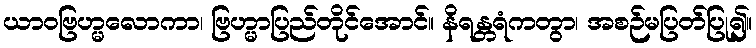
ယာဝဗြဟ္မလောကာ၊ ဗြဟ္မာပြည်တိုင်အောင်။ နိရန္တရံကတွာ၊ အစဉ်မပြတ်ပြု၍။